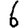
Digit: 6